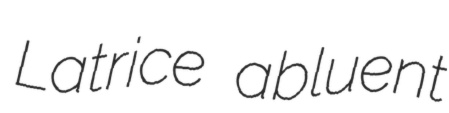
Latrice abluent